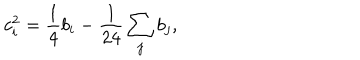
c _ { i } ^ { 2 } = \frac { 1 } { 4 } b _ { i } - \frac { 1 } { 2 4 } \sum _ { j } b _ { j } ,